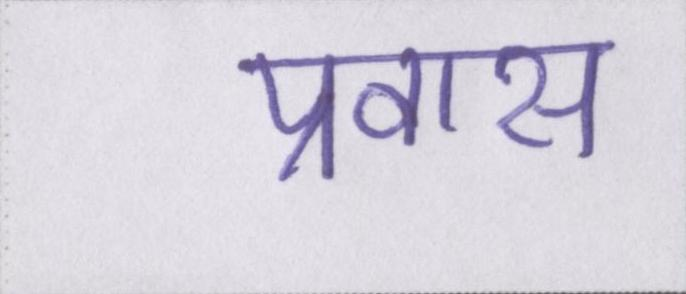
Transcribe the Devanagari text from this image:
प्रवास